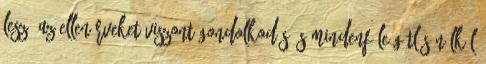
lesz. Az ellenérveket viszont gondolkodás és mindenféle gátlás nélkül